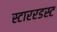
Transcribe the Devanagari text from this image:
स्टाररडस्ट